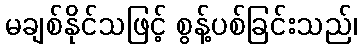
မချစ်နိုင်သဖြင့် စွန့်ပစ်ခြင်းသည်၊